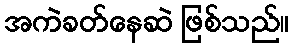
အကဲခတ်နေဆဲ ဖြစ်သည်။